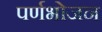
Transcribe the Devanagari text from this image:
पर्णभोजन